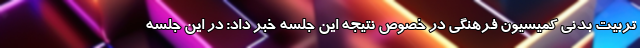
تربیت بدنی کمیسیون فرهنگی در خصوص نتیجه این جلسه خبر داد: در این جلسه